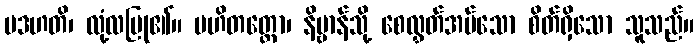
ပဒဟတိ၊ လုံ့လပြု၏။ ပဟိတတ္တော၊ နိဗ္ဗာန်သို့ စေလွှတ်အပ်သော စိတ်ရှိသော သူသည်။